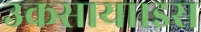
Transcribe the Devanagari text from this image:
उकसाया।इस